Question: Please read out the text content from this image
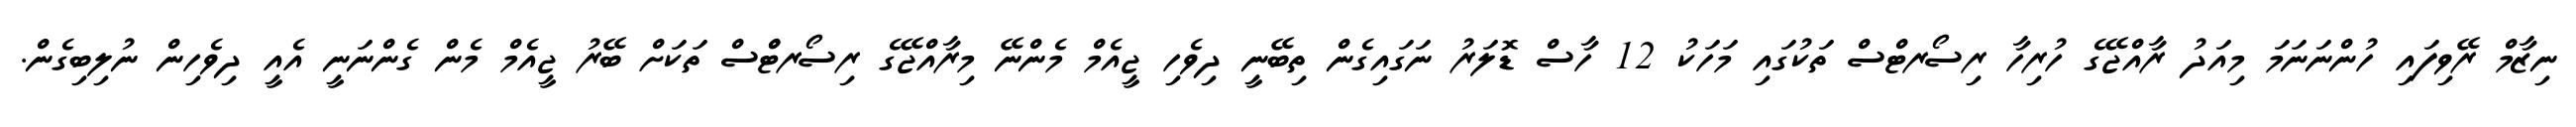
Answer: ނިޒާމް ރޭވިފައި ހުންނަނަމަ މިއަދު ރާއްޖޭގެ ހުރިހާ ރިސޯރޓްސް ތަކުގައި މަހަކު 12 ހާސް ޑޮލަރު ނަގައިގެން ތިބޭނީ ދިވެހި ޖީއެމް މެންނޭ މިރާއްޖޭގެ ރިސޯރޓްްސް ތަކަށް ބޭރު ޖީއެމް މެން ގެންނަނީ އެއީ ދިވެހިން ނުލިބިގެން.